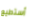
أستطيع